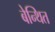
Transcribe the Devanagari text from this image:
बेन्थित